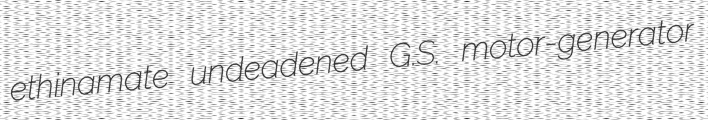
ethinamate undeadened G.S. motor-generator